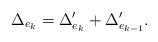
LaTeX: \begin{align*}\Delta_{e_k} = \Delta'_{e_k} +\Delta'_{e_{k-1}}.\end{align*}